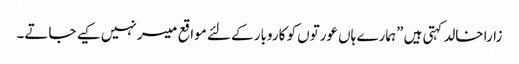
زارا خالد کہتی ہیں ”ہمارے ہاں عورتوں کو کاروبار کے لئے مواقع میسر نہیں کیے جاتے۔